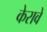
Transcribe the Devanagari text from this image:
केरावे